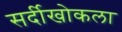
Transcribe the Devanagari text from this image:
सर्दीखोकला